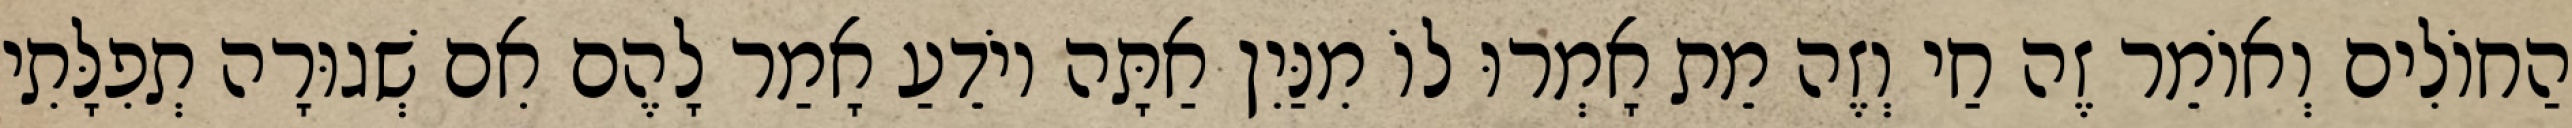
הַחוֹלִים וְאוֹמֵר זֶה חַי וְזֶה מֵת אָמְרוּ לוֹ מִנַּיִן אַתָּה יוֹדֵעַ אָמַר לָהֶם אִם שְׁגוּרָה תְפִלָּתִי